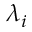
\lambda _ { i }